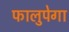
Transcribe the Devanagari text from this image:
फालुपेगा